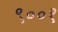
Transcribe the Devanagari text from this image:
९००१